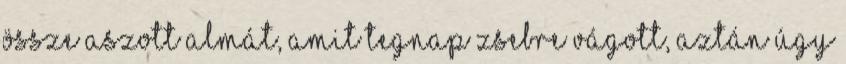
össze aszott almát, amit tegnap zsebre vágott, aztán úgy